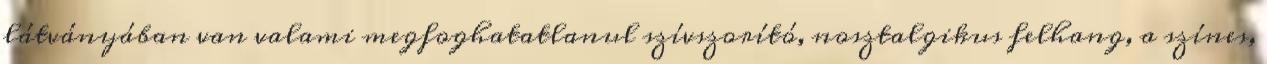
látványában van valami megfoghatatlanul szívszorító, nosztalgikus felhang, a színes,